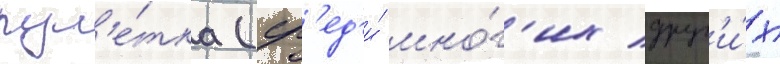
рул'е́тка (ср'ед'и́ мно́г'их друг'и́х